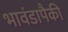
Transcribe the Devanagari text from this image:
भावंडापैकी